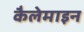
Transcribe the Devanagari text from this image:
कैलेमाइन